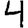
Digit: 4